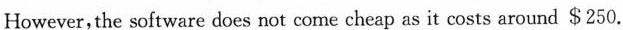
However,the software does not come cheap as it costs around $250.